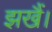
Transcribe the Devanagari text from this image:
झखैं।